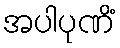
အပါပုဏိံ